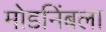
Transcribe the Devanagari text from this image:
मोडनिंबला